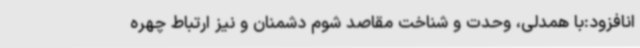
انافزود:با همدلی، وحدت و شناخت مقاصد شوم دشمنان و نیز ارتباط چهره